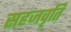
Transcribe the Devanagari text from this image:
सहजवृति